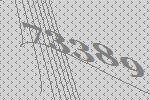
73389